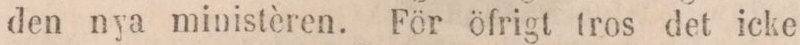
den nya ministèren. För öfrigt tros det icke